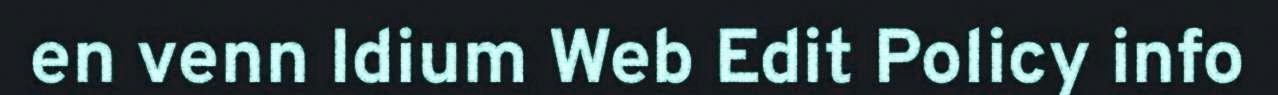
en venn Idium Web Edit Policy info